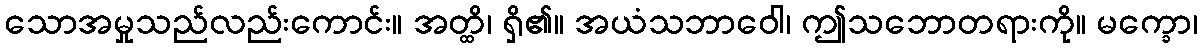
သောအမှုသည်လည်းကောင်း။ အတ္ထိ၊ ရှိ၏။ အယံသဘာဝေါ၊ ဤသဘောတရားကို။ မက္ခော၊